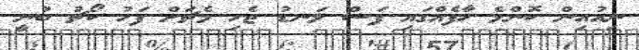
ނިއުއިން ކޮންމެ ހާފެއްގައި ފަސް ލަނޑު ޖެހި މެޗަށް ފަހު ކޯޗު ބުނީ